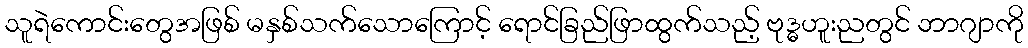
သူရဲကောင်းတွေအဖြစ် မနှစ်သက်သောကြောင့် ရောင်ခြည်ဖြာထွက်သည့် ဗုဒ္ဓဟူးညတွင် ဘာဂျာကို